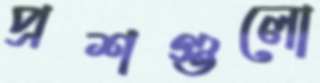
প্রশগুলো